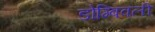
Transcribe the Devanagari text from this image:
डोम्बिवली